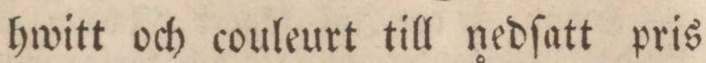
hwitt och couleurt till nedſatt pris